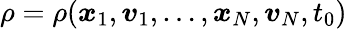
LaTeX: \rho=\rho(\boldsymbol{x}_{1},\boldsymbol{v}_{1},\ldots,\boldsymbol{x}_{N},\boldsymbol{v}_{N},t_{0})